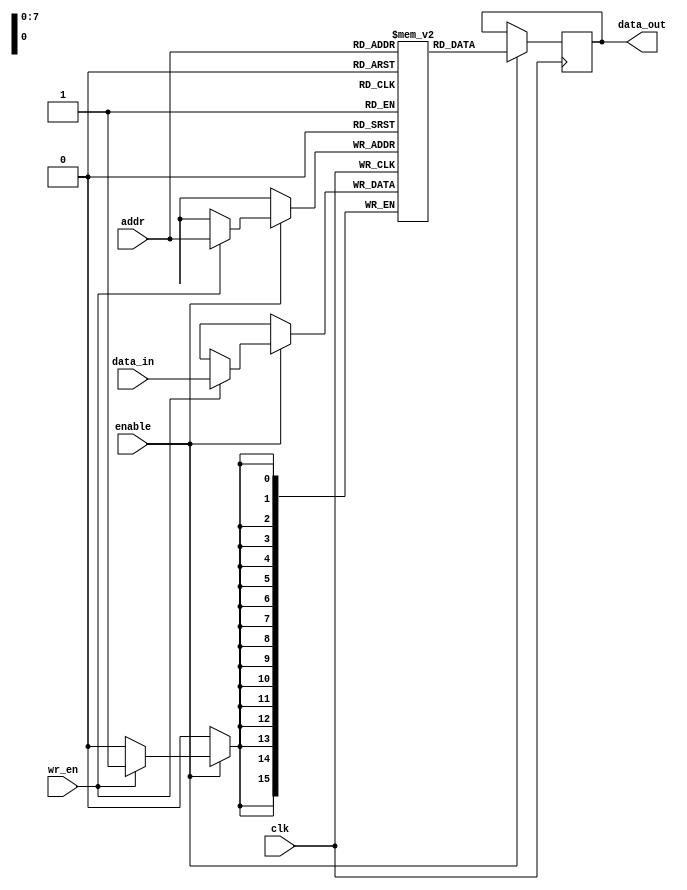
module memory_block #(
    parameter ADDR_WIDTH = 8,
    parameter DATA_WIDTH = 16
)(
    input wire clk,                  // Clock signal for this memory block
    input wire enable,               // Enable signal for clock gating
    input wire [ADDR_WIDTH-1:0] addr, // Address input
    input wire [DATA_WIDTH-1:0] data_in, // Data input
    input wire wr_en,               // Write enable signal
    output reg [DATA_WIDTH-1:0] data_out // Data output
);

    reg [DATA_WIDTH-1:0] memory [0:(1<<ADDR_WIDTH)-1]; // Memory array

    always @(posedge clk) begin
        if (enable) begin
            if (wr_en) begin
                memory[addr] <= data_in; // Write data to memory
            end
            data_out <= memory[addr]; // Read data from memory
        end
    end
endmodule